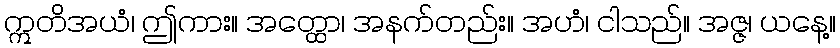
ဣတိအယံ၊ ဤကား။ အတ္ထော၊ အနက်တည်း။ အဟံ၊ ငါသည်။ အဇ္ဇ၊ ယနေ့။